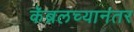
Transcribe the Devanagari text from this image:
कॅब्रलच्यानंतर